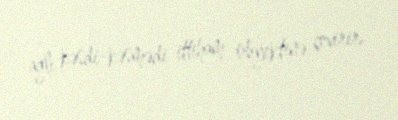
ağlı kəsdi-kəsmədi ittiham obyektinə çevirir.